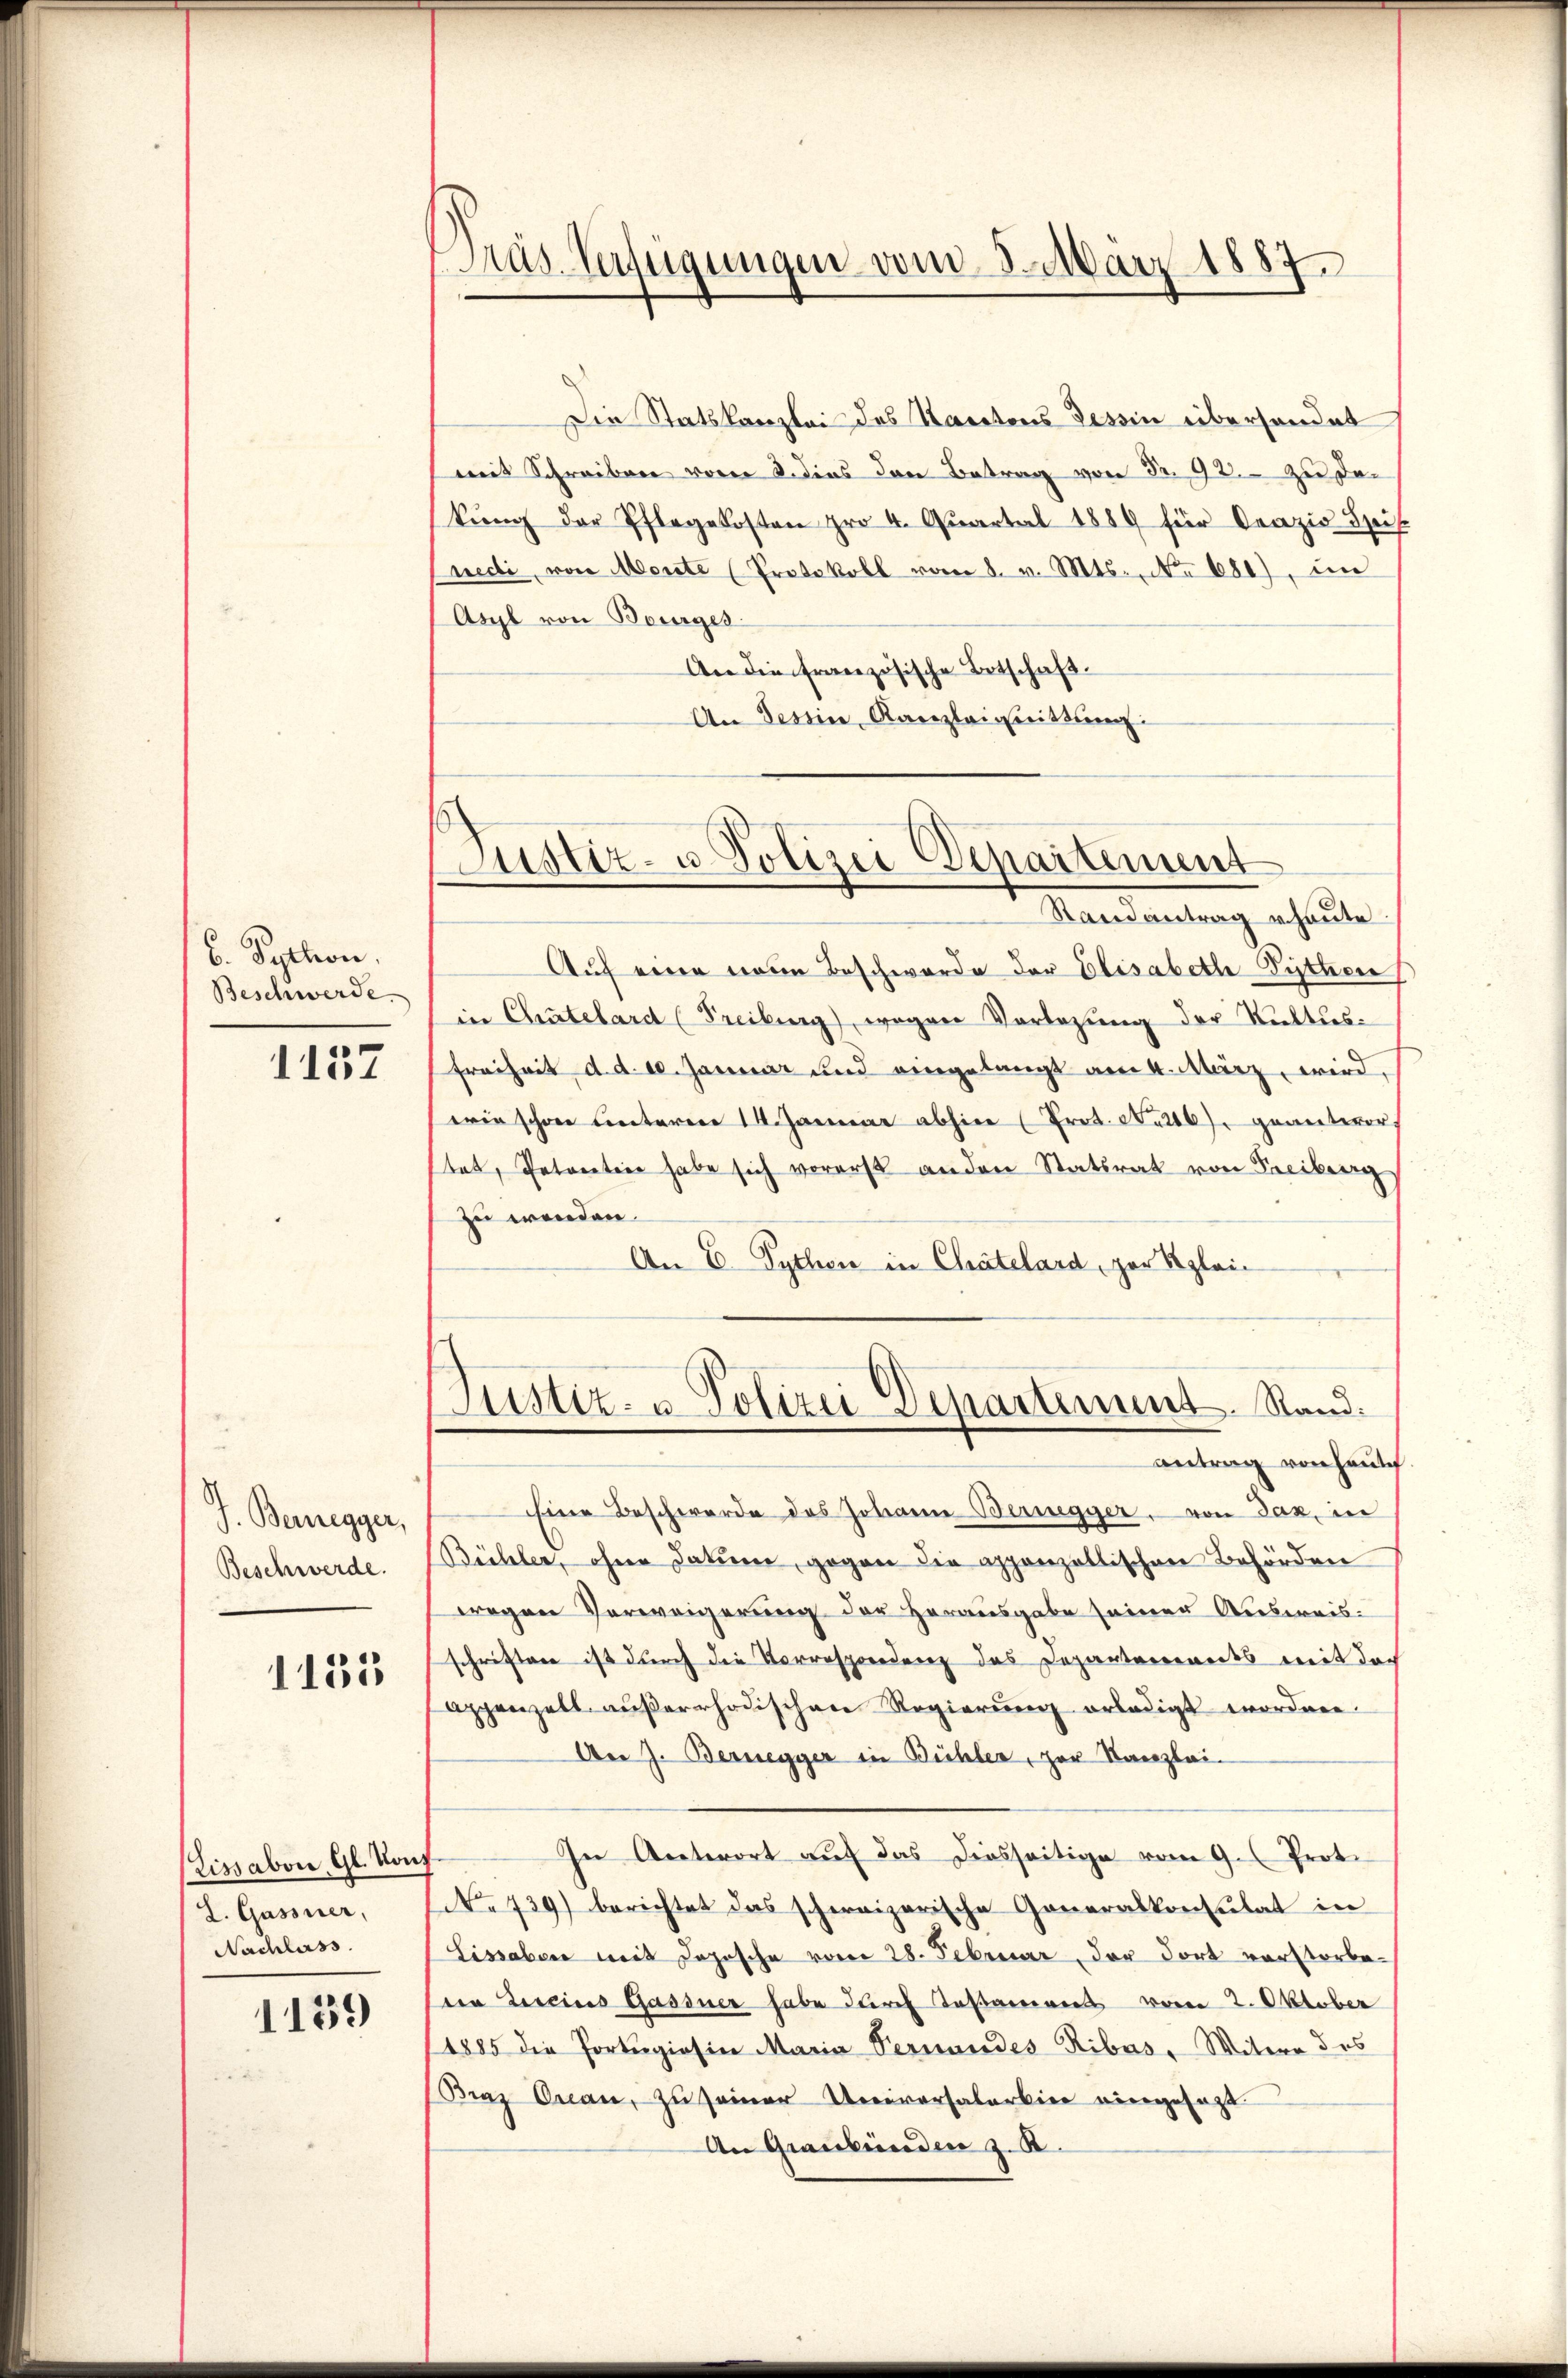
C. Python.
Beschwerde.

1137

J. Bernegger,
Beschwerde.

1135

Lissabon Gl. Konf
L. Gassner,
Nachlass.

1139

Präs. Verfügungen vom 8. März 1887

Justiz- u. Polizei Departement
Randantrag heute.

Die Statskanzlei des Kantons Tessin überhandet
mit Schreiben vom 8. dies den Betrag von Fr. 92. zu der
kŭng der Pflegekosten pro 4. Quartal 1889 für Orazio Speis
nechi, von Morite (Protokoll vom 8. v. Mts., No 680), im
Arl von Bourges
An die Französische Botschaft.
An Tessin, Kanzleignittung:
Auf eine neue Beschwerde der Elisabethe Pythen
in Chatelard (Freiburg) wegen Vorlesung der Stattus¬
Freiheit d. d. d. Januar und eingelangt am 4. März wird.
wie schon unteren 14. Januar abhier (Prot. No. 210) geantwor
stat, Potoration habe sich vorerst anden Statsrat von Freiburg
zu werden.
An E. Pythen in Chatelard, zur Regleic
Justiz- u. Polizei Departement. Sandantrag von heute
Eine Beschwerde des Johann Bernegger, von daz, in
(Bühler, ohne Datum, gegen die appenzellischen Behörden
wegen Verweigerung der Herausgabe seiner Ausweisschriften ist durch die Vorrespondenz das Departemendes mit doch
appenzell aŭβerrhodischen Regierŭng erledigt worden.
An J. Bernegger in Bühler, zur Kanzlei-
In Antwort auf das diesseitige vom 9. Prot.
No 739) berichtet das schweizerische Generalkonsulat in
Lissaben mit Jopische vom 28. Februar, der dort verstorbeden Bereins Gassner habe durch Testamens vom 2. Oktober
1885 die Portengiesin Maria Pernandes Ribus, Witwe des
Fraz Oran, zu seiner Universalarkier viergesagt
An Graubünden z. B.